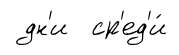
дн'и ср'ед'и́